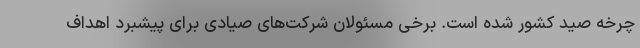
چرخه صید کشور شده است. برخی مسئولان شرکت‌های صیادی برای پیشبرد اهداف